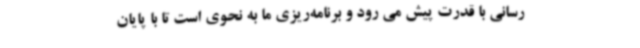
رسانی با قدرت پیش می رود و برنامه‌ریزی ما به نحوی است تا با پایان